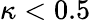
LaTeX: \kappa<0.5